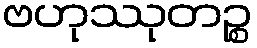
ဗဟုဿုတဉ္စ